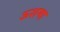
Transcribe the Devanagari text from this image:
ऊशमा